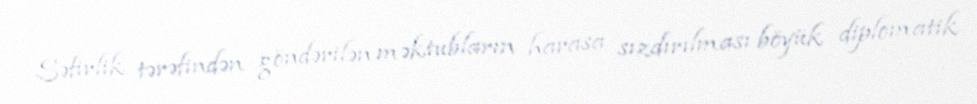
Səfirlik tərəfindən göndərilən məktubların harasa sızdırılması böyük diplomatik